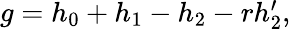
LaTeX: \begin{array}{r}{g=h_{0}+h_{1}-h_{2}-rh_{2}^{\prime},}\end{array}